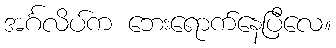
အင်္ဂလိပ်က ဘေးရောက်နေပြီလေ။